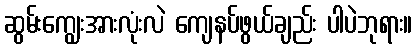
ဆွမ်းကျွေးအားလုံးလဲ ကျေနပ်ဖွယ်ချည်း ပါပဲဘုရား။